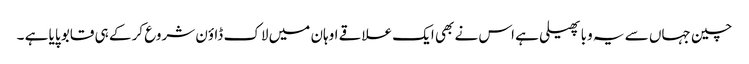
چین جہاں سے یہ وبا پھیلی ہے اس نے بھی ایک علاقے اوہان میں لاک ڈاؤن شروع کر کے ہی قابو پایا ہے ۔